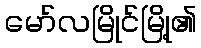
မော်လမြိုင်မြို့၏